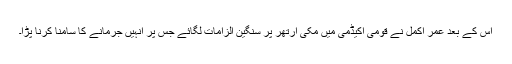
اس کے بعد عمر اکمل نے قومی اکیڈمی میں مکی آرتھر پر سنگین الزامات لگائے جس پر انہیں جرمانے کا سامنا کرنا پڑا۔